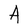
Character: A